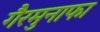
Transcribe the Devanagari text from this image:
गैरमुनाफा